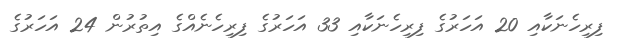
ފިރިހެނަކާއި 20 އަހަރުގެ ފިރިހެނަކާއި 33 އަހަރުގެ ފިރިހެނެއްގެ އިތުރުން 24 އަހަރުގެ